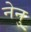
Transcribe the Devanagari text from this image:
नेनु